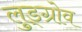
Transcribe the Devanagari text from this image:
लुड्ग्रोव